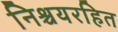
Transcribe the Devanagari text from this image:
निश्चयरहित